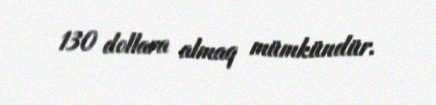
130 dollara almaq mümkündür.